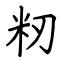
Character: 籾